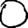
Digit: 0